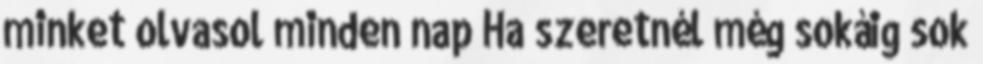
minket olvasol minden nap Ha szeretnél még sokáig sok